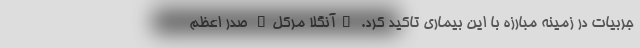
جربیات در زمینه مبارزه با این بیماری تاکید کرد. "آنگلا مرکل" صدر اعظم